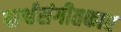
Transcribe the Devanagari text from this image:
पार्श्वसंगीतकार